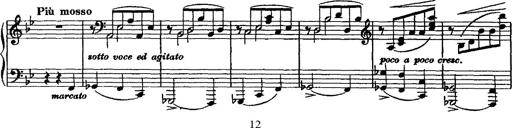
Title: Grande valse di bravura
Composer: Franz Liszt